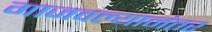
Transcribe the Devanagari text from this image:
गाजवल्यानंतर